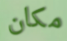
مكان